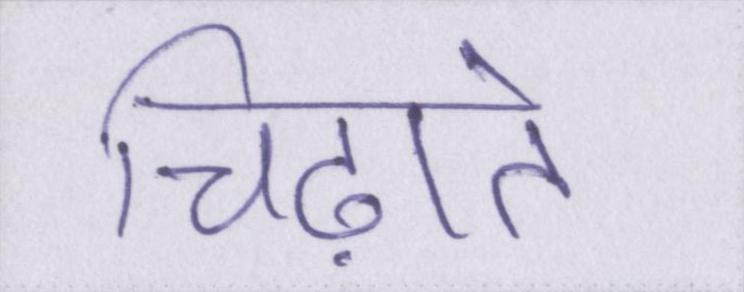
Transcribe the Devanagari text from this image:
चिढ़ाते